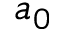
a _ { 0 }